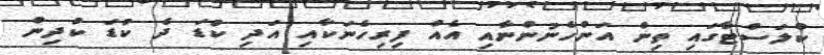
ކްލަސްޓާގައި ތިން އަންހެނުންނާއި އެއް ފިރިހެނަކާއި އަދި ކުޑަ ދެ ކުޑަ ކުދިން